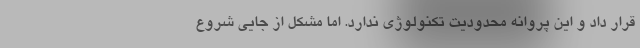
قرار داد و این پروانه محدودیت تکنولوژی ندارد. اما مشکل از جایی شروع